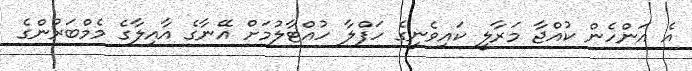
އެ އަންހެން ކުއްޖާ މަރާލީ ކައިވެނީގެ ހަފްލާ ހުއްޓާލުމަށް އޭނާގެ އާއިލާގެ މެމްބަރުންގެ